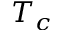
T _ { c }